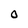
Character: 0